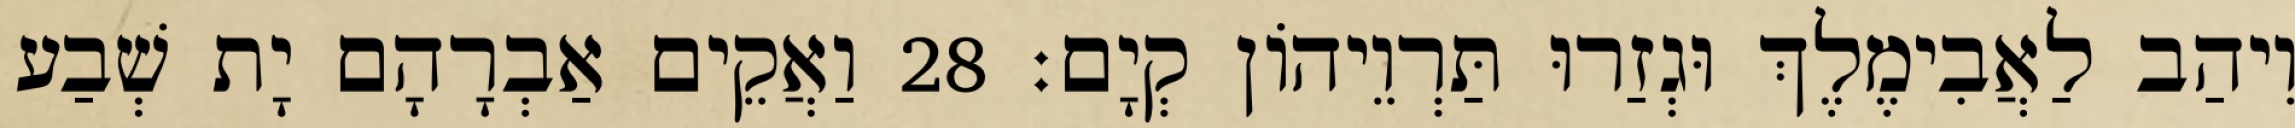
וִיהַב לַאֲבִימֶלֶךְ וּגְזַרוּ תַּרְוֵיהוֹן קְיָם׃ 28 וַאֲקֵים אַבְרָהָם יָת שְׁבַע